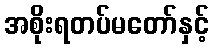
အစိုးရတပ်မတော်နှင့်